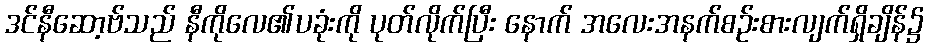
ဒင်နီဆော့ဗ်သည် နီကိုလေ၏ပခုံးကို ပုတ်လိုက်ပြီး နောက် အလေးအနက်စဉ်းစားလျက်ရှိချိန်၌